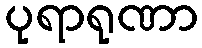
ပုရာရုဏာ